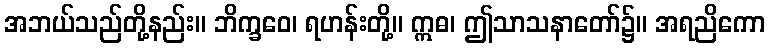
အဘယ်သည်တို့နည်း။ ဘိက္ခဝေ၊ ရဟန်းတို့။ ဣဓ၊ ဤသာသနာတော်၌။ အရညိကော